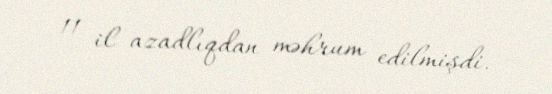
11 il azadlıqdan məhrum edilmişdi.